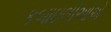
કબાઇલીઓએ